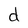
Character: d